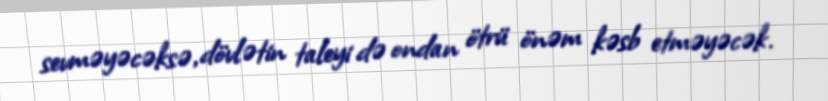
sevməyəcəksə, dövlətin taleyi də ondan ötrü önəm kəsb etməyəcək.